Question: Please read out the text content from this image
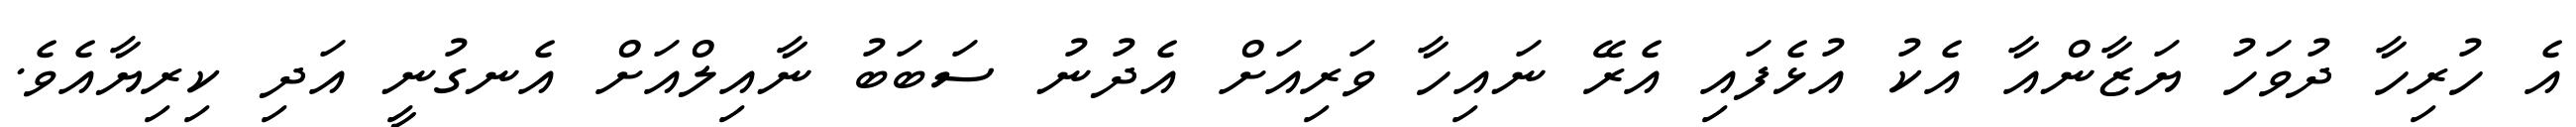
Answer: އެ ހުރިހާ ދުވަހު ޔަޒާންއާ އެކު އުޅެފައި އެރޭ ނައިހާ ވަރިއަށް އެދުނު ސަބަބު ނާއިލްއަށް އެނގުނީ އަދި ކިރިޔާއެވެ.